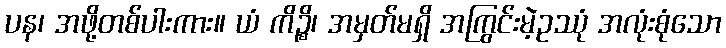
ပန၊ အဖို့တစ်ပါးကား။ ယံ ကိဉ္စိ၊ အမှတ်မရှိ အကြွင်းမဲ့ဥဿုံ အလုံးစုံသော